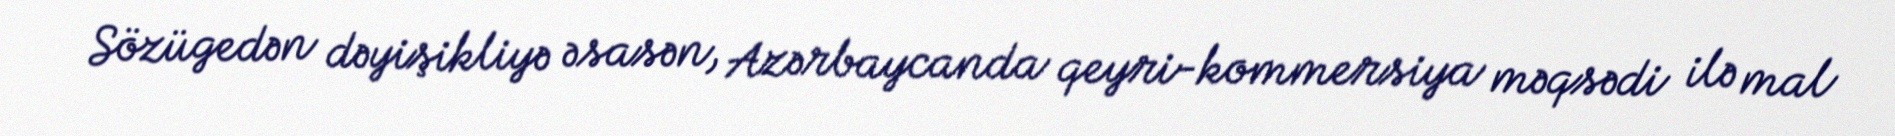
Sözügedən dəyişikliyə əsasən, Azərbaycanda qeyri-kommersiya məqsədi ilə mal